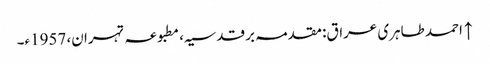
↑ احمد طاہری عراق: مقدمہ بر قدسیہ، مطبوعہ تہران، 1957ء۔